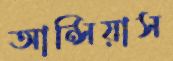
আন্সিয়াস